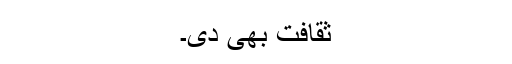
ثقافت بھی دی۔